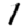
Digit: 1